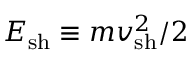
E _ { \mathrm { s h } } \equiv m v _ { \mathrm { s h } } ^ { 2 } / 2